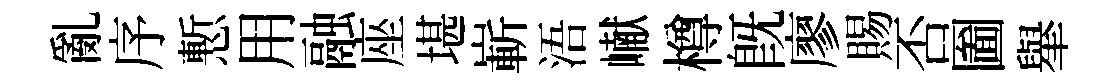
亂序慙用融座堪嶄浯𪩘樽旣廖賜否圗𦦙